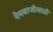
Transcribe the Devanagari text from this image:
नेमबाजीसाठी